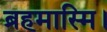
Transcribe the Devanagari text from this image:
ब्रहमास्मि।